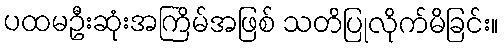
ပထမဦးဆုံးအကြိမ်အဖြစ် သတိပြုလိုက်မိခြင်း။